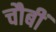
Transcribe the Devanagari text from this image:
चौबीं